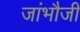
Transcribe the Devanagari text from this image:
जांभौजी